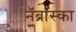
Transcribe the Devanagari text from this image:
नॅब्रास्का